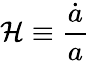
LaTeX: \mathcal{H}\equiv{\frac{{\dot{{a}}}}{{a}}}